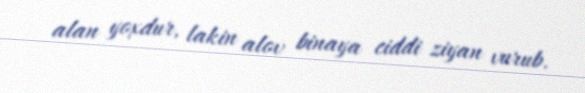
alan yoxdur, lakin alov binaya ciddi ziyan vurub.